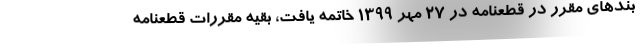
بندهای مقرر در قطعنامه در ۲۷ مهر ۱۳۹۹ خاتمه یافت، بقیه مقررات قطعنامه